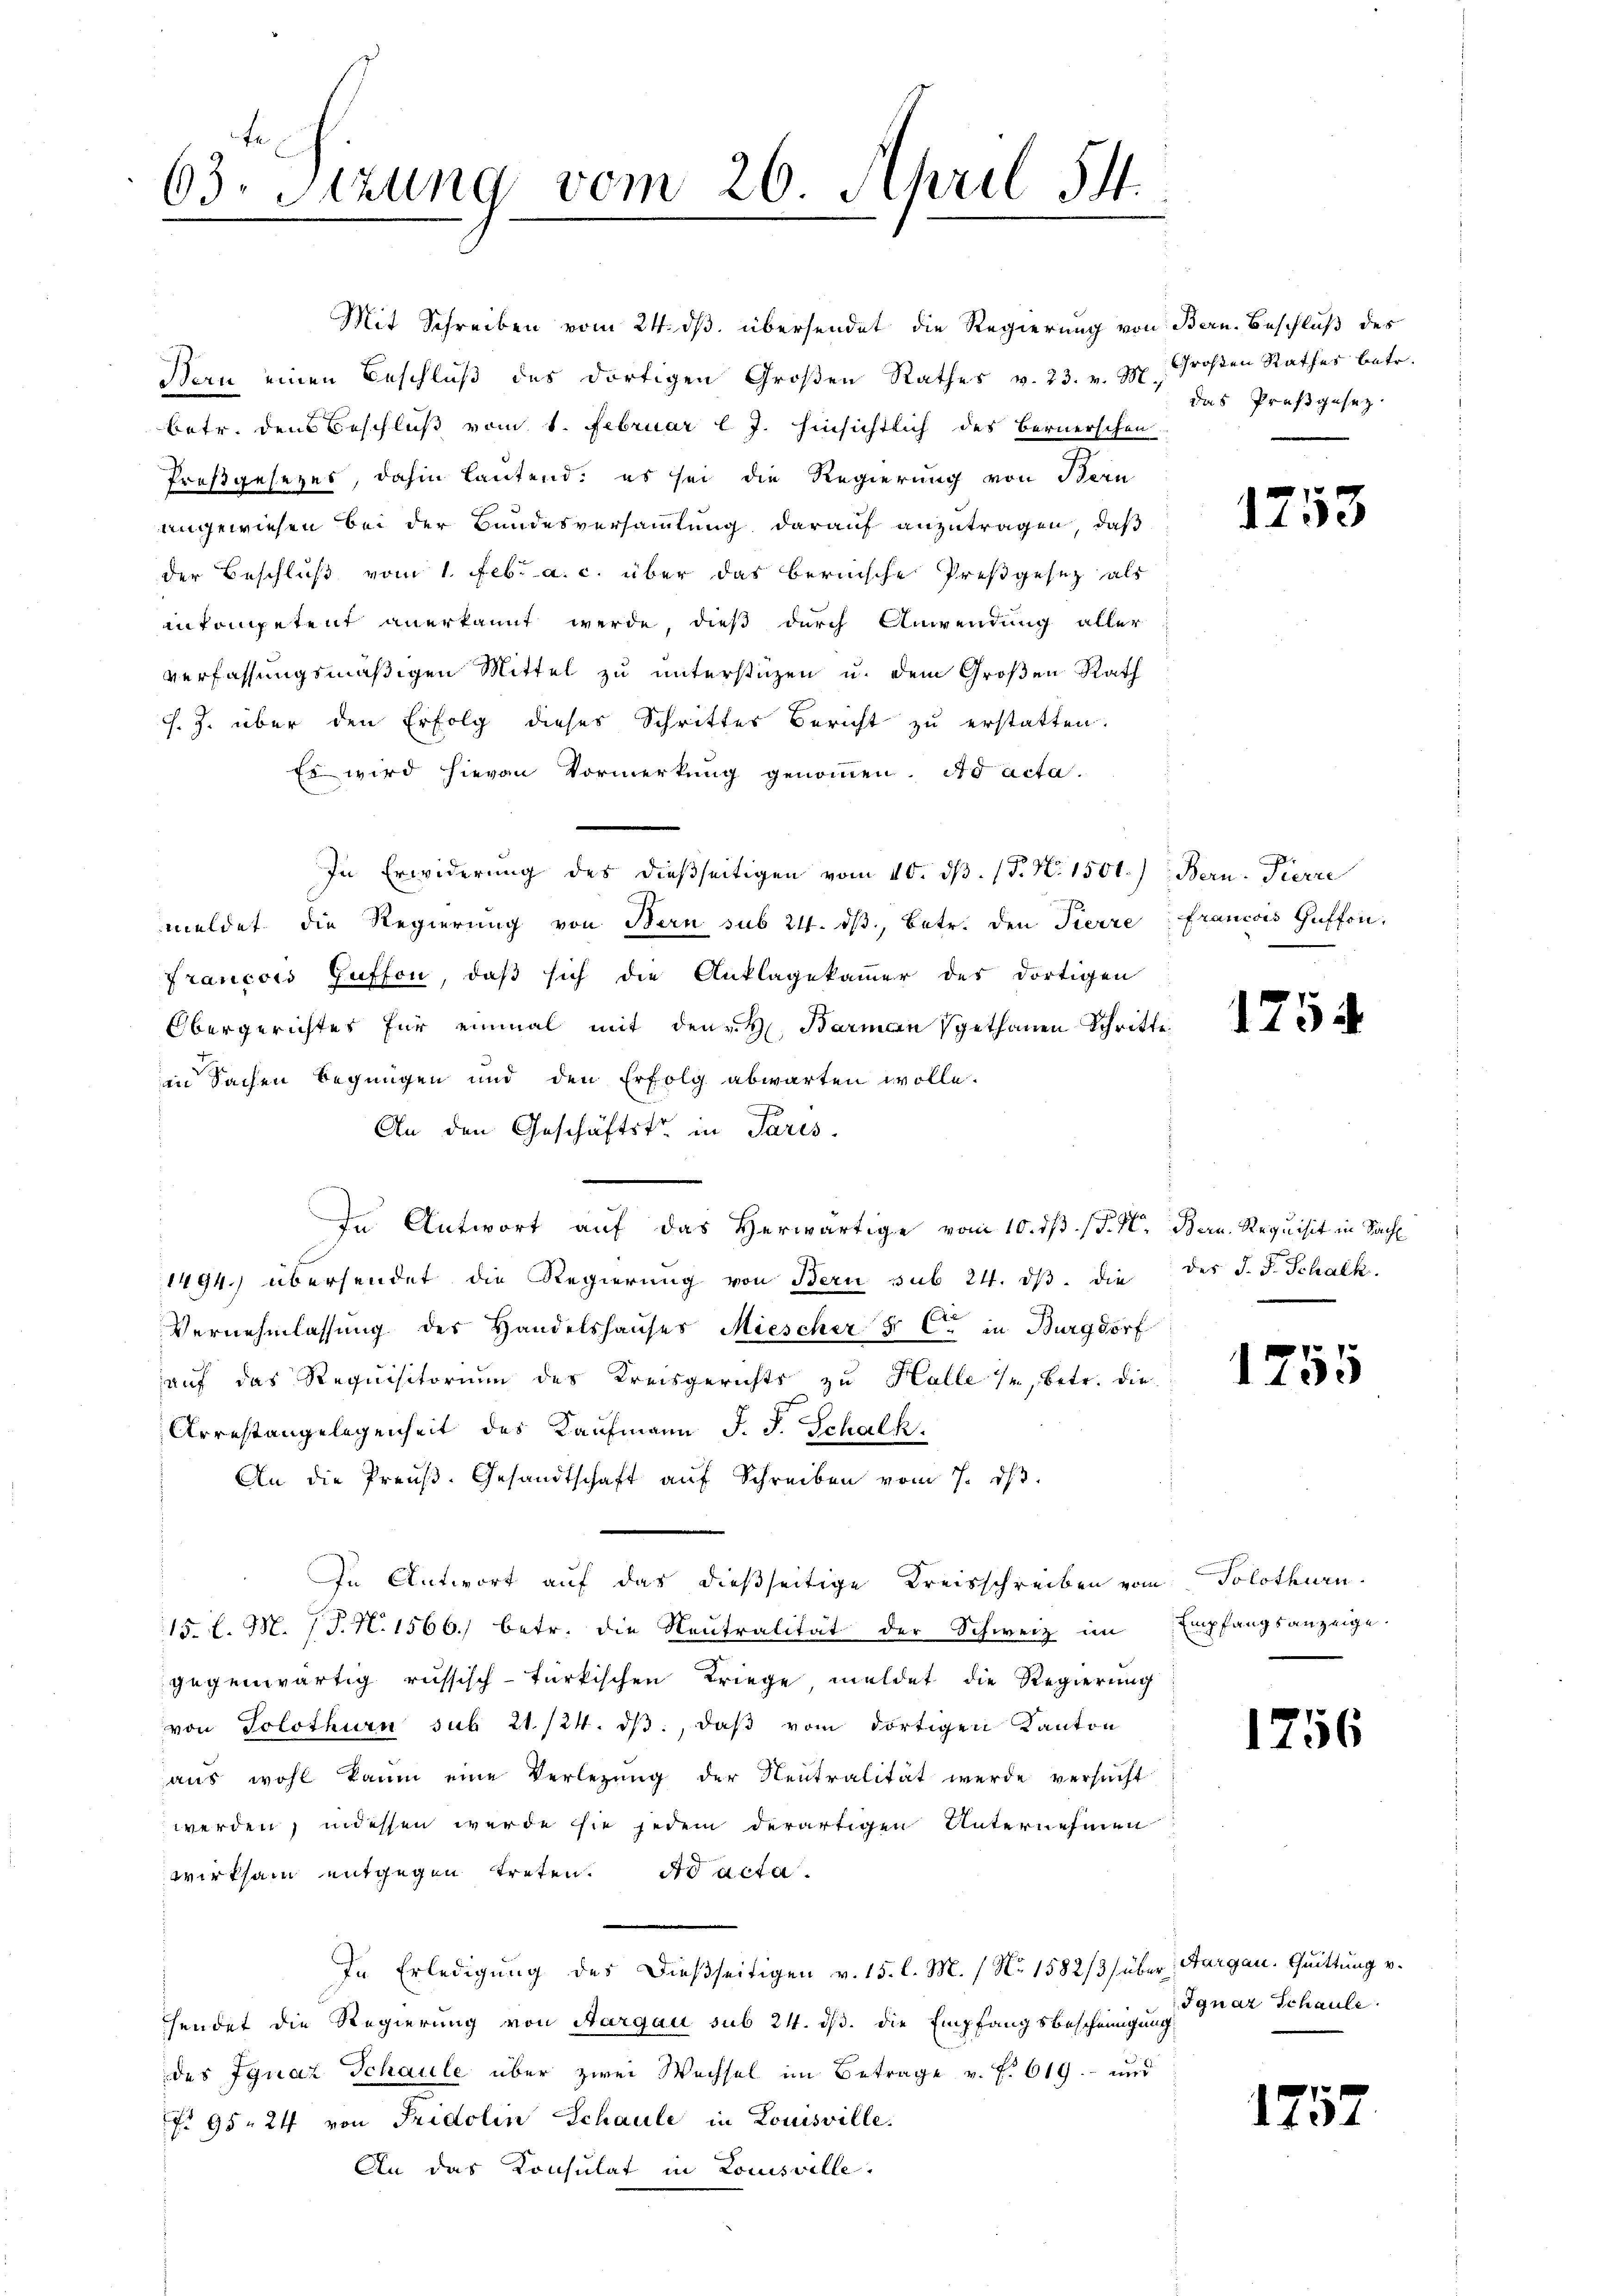
63. Sitzung vom 26. April 14.
0

Mit Schreiben vom 24. ds. übersendet die Regierung von
Bern einen Beschluß des dortigen Großen Rathes v. 23. v. M.
betr. den Beschluß vom 1. Februar l. J. hinsichtlich des Bernerschen
Proßgesezes, dahin lautend; es sei die Regierung von Stern
angewiesen bei der Bundesversammlung darauf anzutragen, daß
der Beschluß vom 1. Febr. a. c. über das bernische Preßgesez als
ankompetent anerkannt werde, dieß durch Anwendung aller
verfassungsmäßigen Mittel zu unterstüzen u. dem Großen Rath
J. Z. über den Erfolg dieses Schritter Bericht zu erstatten.
Es wird hievon Vormerkung genommen. Ad acta.
In Erwiderung des dießseitigen vom 10. ds. (T. N. 1501.)
meldet die Regierŭng von Bern sub 24. dβ, betr. den Tierre Francois Hüffon,
Francois Guffon, daß sich die Anklagekammer des dortigen
Obergerichtes für einmal mit den H. Barman gethanen Schritte
in Sachen begnügen und den Erfolg abwarten wolle.
An den Geschäftstr in Paris.
In Antwort auf das Herwärtige vom 10. d. d. M. Bern. Requisit in Sach
1494. übersendet die Regierung von Bern sub 24. ds. die
Vernehmlassung des Handelshauses Miescher F. C. in Burgdorf
auf das Requisitorium des Kreisgerichts zu Halle 1, betr. die
Arrestangelegenheit des Kaufmann J. J. Schalk.
An die Preŭβ. Gesandtschaft aŭf Schreiben vom 7. dβ.
In Antwort auf das dießseitige Kreisschreiben vom Solothurn
15. d. M. J. N. 1566. betr. die Neutralität der Schweiz im
gegenwärtig russisch-türkischen Kriege, meldet die Regierung
von Solothurn sub 21./24. dβ, daß vom dortigen Kanton
aus wohl kaum eine Verlegung der Neutralität werde versucht
werden, indessen werde sie jedem derartigen Unternehmen
wirksam entgegen treten. ad acta
In Erledigung des dießseitigen v. 15. l. M. / No 1582/3/ über Aargau. Quittung v.
sendet die Regierung von Aargau sub 24. ds. die Empfangsbescheinigung
des Ignaz Schaule über zwei Wechsel im Betrage v. f. 619. und
 95. 24 von Fridolin Schaule in Louisville.
An das Konsulat in Louisville.

Bern. Beschluß des
Großen Rathes betr.
das Preßgesez

1253

Bern-Pierre

1254

des J. J. Schalk.

1755

Empfangsanzeige.

1756

Ignaz Schauli.

1757